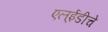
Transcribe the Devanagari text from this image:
एल्‌ईडीचे